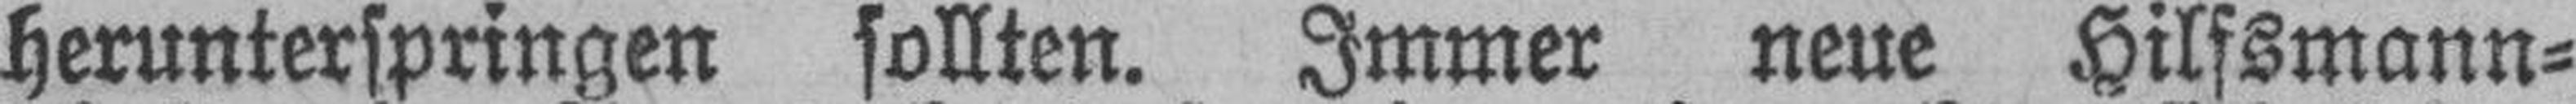
herunterspringen sollten. Immer neue Hilfsmann¬